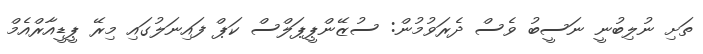
ތަށި ނުލިބުނީ ނަސީބު ވެސް ދެރަވުމުން: ސުޒޭންޕީޕަލްސް ކަޕް ފައިނަލުގައި މިރޭ ޕީޑީއާރްއެމް